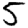
Digit: 5